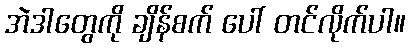
အဲဒါတွေကို ချိန်စက် ပေါ် တင်လိုက်ပါ။